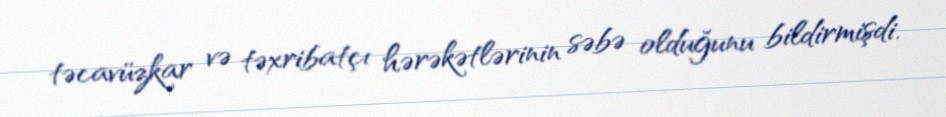
təcavüzkar və təxribatçı hərəkətlərinin səbə olduğunu bildirmişdi.